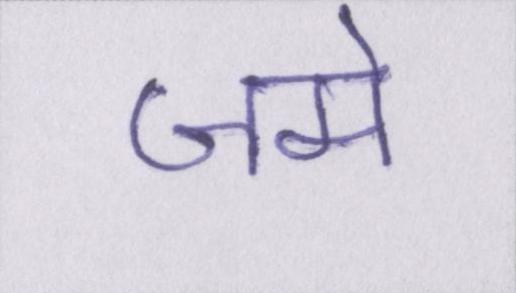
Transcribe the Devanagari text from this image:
जमे